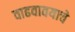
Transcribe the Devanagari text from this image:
वाढवावयाचे